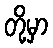
တို့မှာ